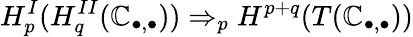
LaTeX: H_{p}^{I}(H_{q}^{II}(\mathbb{C}_{\bullet,\bullet}))\Rightarrow_{p}H^{p+q}(T(\mathbb{C}_{\bullet,\bullet}))